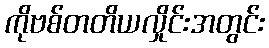
ကိုဗစ်တတိယလှိုင်းအတွင်း